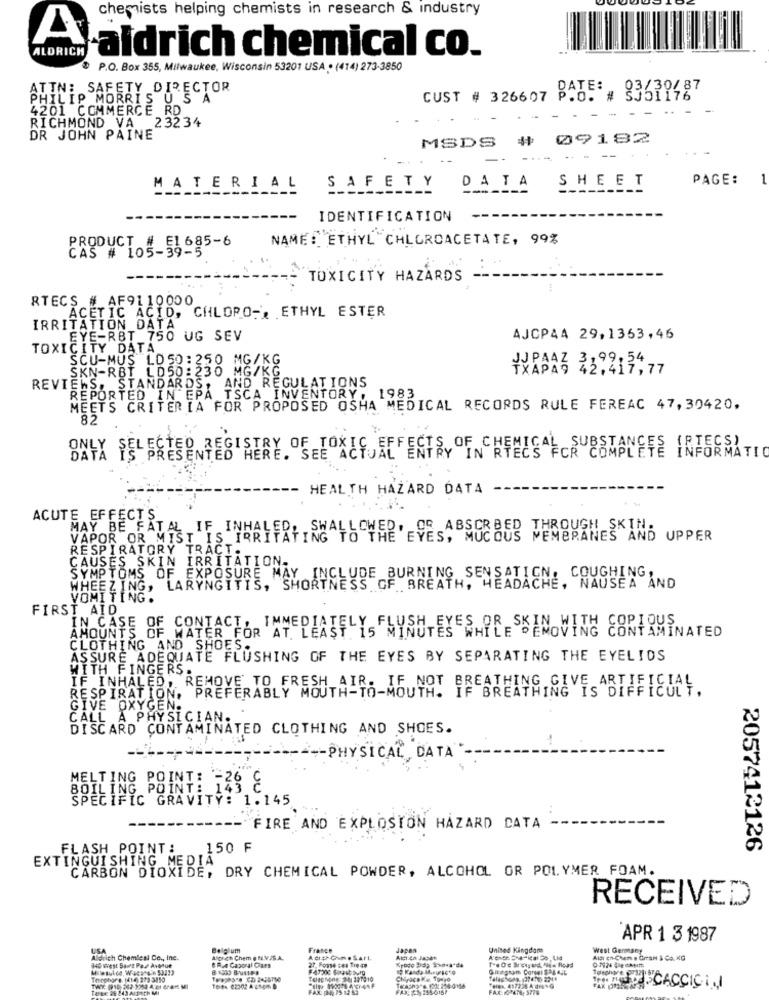
chemists helping chemists in research & industry
A
ALDRICH
aldrich chemical co.
P.O. Box 355, Milwaukee, Wisconsin 53201 USA . (414) 273-3850
ATTN: SAFETY DIRECTOR
DATE: 03/30/87
PHILIP MORRISUSA
CUST # 326607 P.O. # SJ51176
. .. -
4201 COMMERCE RD
RICHMOND VA 23234
DR JOHN PAINE
MSDS # 09182
PAGE:
1
MATERIAL SAFETY DATA
SHEET
IDENTIFICATION
PRODUCT # E1 685-6
NAME: ETHYL CHLOROACETATE, 99%
CAS # 105-39-5
TOXICITY HAZARDS
RTECS # AF9110000
ACETIC ACID, CHLORO -, ETHYL ESTER
IRRITATION_DATA
EYE-RBT_750 UG SEV
AJCP44 29,1363,46
TOXICITY DATA
SCU-MUS LD 50:250 MG/KG
SKN-RBT LD50:230 MG/KG
TXAPA9 42,417,77
REVIEWS, STANDARDS, AND REGULATIONS
REPORTED IN EPA TSCA INVENTORY,
MEETS CRITERIA FOR PROPOSED OSHA MEDICAL RECORDS RULE FEREAC 47,30420.
82
DATA IS PRESENTED HERE. SEE ACQUAEFECT OF CHEMICAL
ENTRY IN RTECS FOR COMPLETE INFORMATIO
- HEALTH HAZARD DATA
ACUTE EFFECTS_
VAPOR OR MIST IS IRRITATING TO THE'EYESABSORBED THROUGH SKIN.
MAY BE FATAL IF INHALED, SHALLCHE
EMBRANES AND UPPER
RESPIRATORY TRACT.
CAUSES SKIN IRRITATION.
SYMPTOMS OF EXPOSURE MAY INCLUDE BURNING SENSATION, COUGHING,
WHEEZING, LARYNGITIS, SHORTNESS OF BREATH, HEADACHE, NAUSEA AND
VOMITING.
FIRST AID
IN CASE OF CONTACT. IMMEDIATELY FLUSH EYES OR SKIN WITH COPIOUS
WATER FOR AT LEAST 15 MINUTES WHILE REMOVING CONTAMINATED
AMOUNTS
CLOTHING AND SHOES ..
ASSURE ADEQUATE FLUSHING OF THE EYES BY SEPARATING THE EYELIDS
WITH FINGERS
IF INHALED, REMOVE TO FRESH AIR. IF NOT BREATHING GIVE ARTIFICIAL
RESPIRATION, PREFERABLY MOUTH-TO-MOUTH. IF BREATHING IS DIFFICULT,
GIVE OXYGEN.
CALL A PHYSICIAN ..
DISCARD CONTAMINATED CLOTHING AND SHOES.
-- PHYSICAL DATA -
MELTING POINT: - 26
BOILING POINT:
UU
SPECIFIC GRAVITY: 1.145
---- FIRE AND EXPLOSION HAZARD DATA
FLASH POINT :
150 F
2057412126
EXTINGUISHING MEDIA
CARBON DIOXIDE, DRY CHEMICAL POWDER, ALCOHOL OR POLYMER FOAM.
RECEIVED
APR 1 3 1987
USA
Belgium
France
Japan
United Kingdom
West Germany
Aldrich Chemical Co ., inc.
Monch Chem @ PLVSS.A.
Acth Come Sart
27. Forse ces Tre 49
Aldr en-Chem . Gran & Co. KG
8 1000 BUSSES
Theshore (414) 373 3110